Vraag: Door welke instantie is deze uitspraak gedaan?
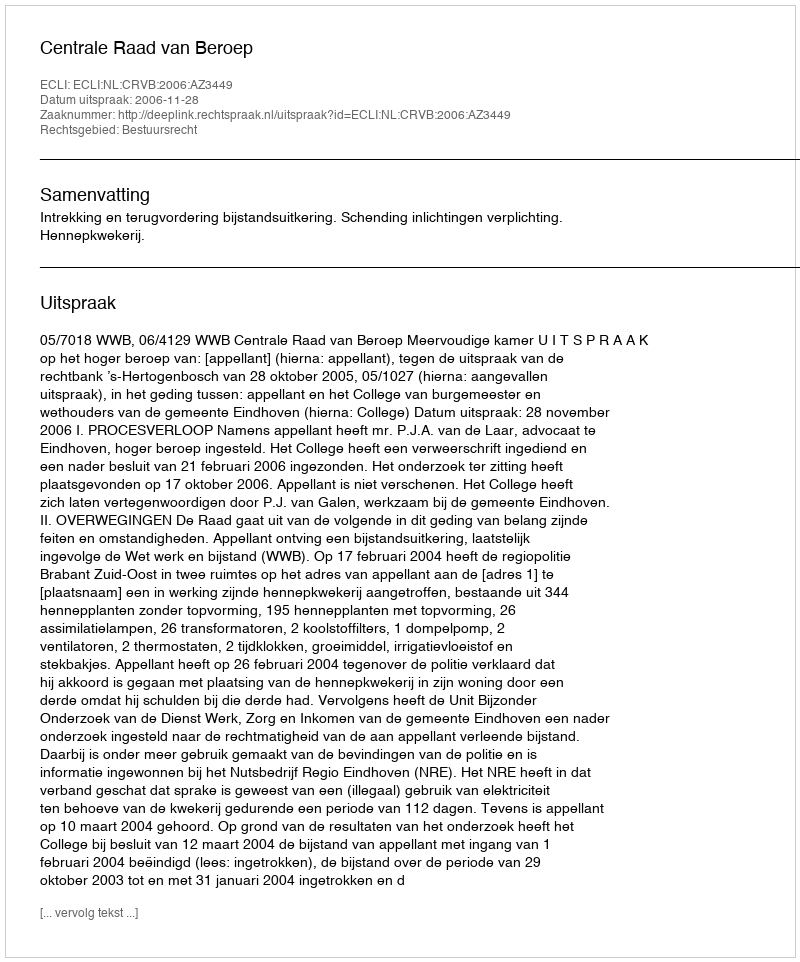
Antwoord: Centrale Raad van Beroep